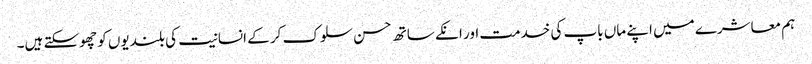
ہم معاشرے میں اپنے ماں باپ کی خدمت اور انکے ساتھ حسن سلوک کر کے انسانیت کی بلندیوں کو چھوسکتے ہیں۔